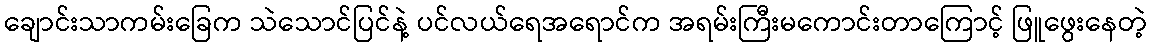
ချောင်းသာကမ်းခြေက သဲသောင်ပြင်နဲ့ ပင်လယ်ရေအရောင်က အရမ်းကြီးမကောင်းတာကြောင့် ဖြူဖွေးနေတဲ့